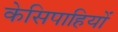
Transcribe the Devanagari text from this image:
केसिपाहियों